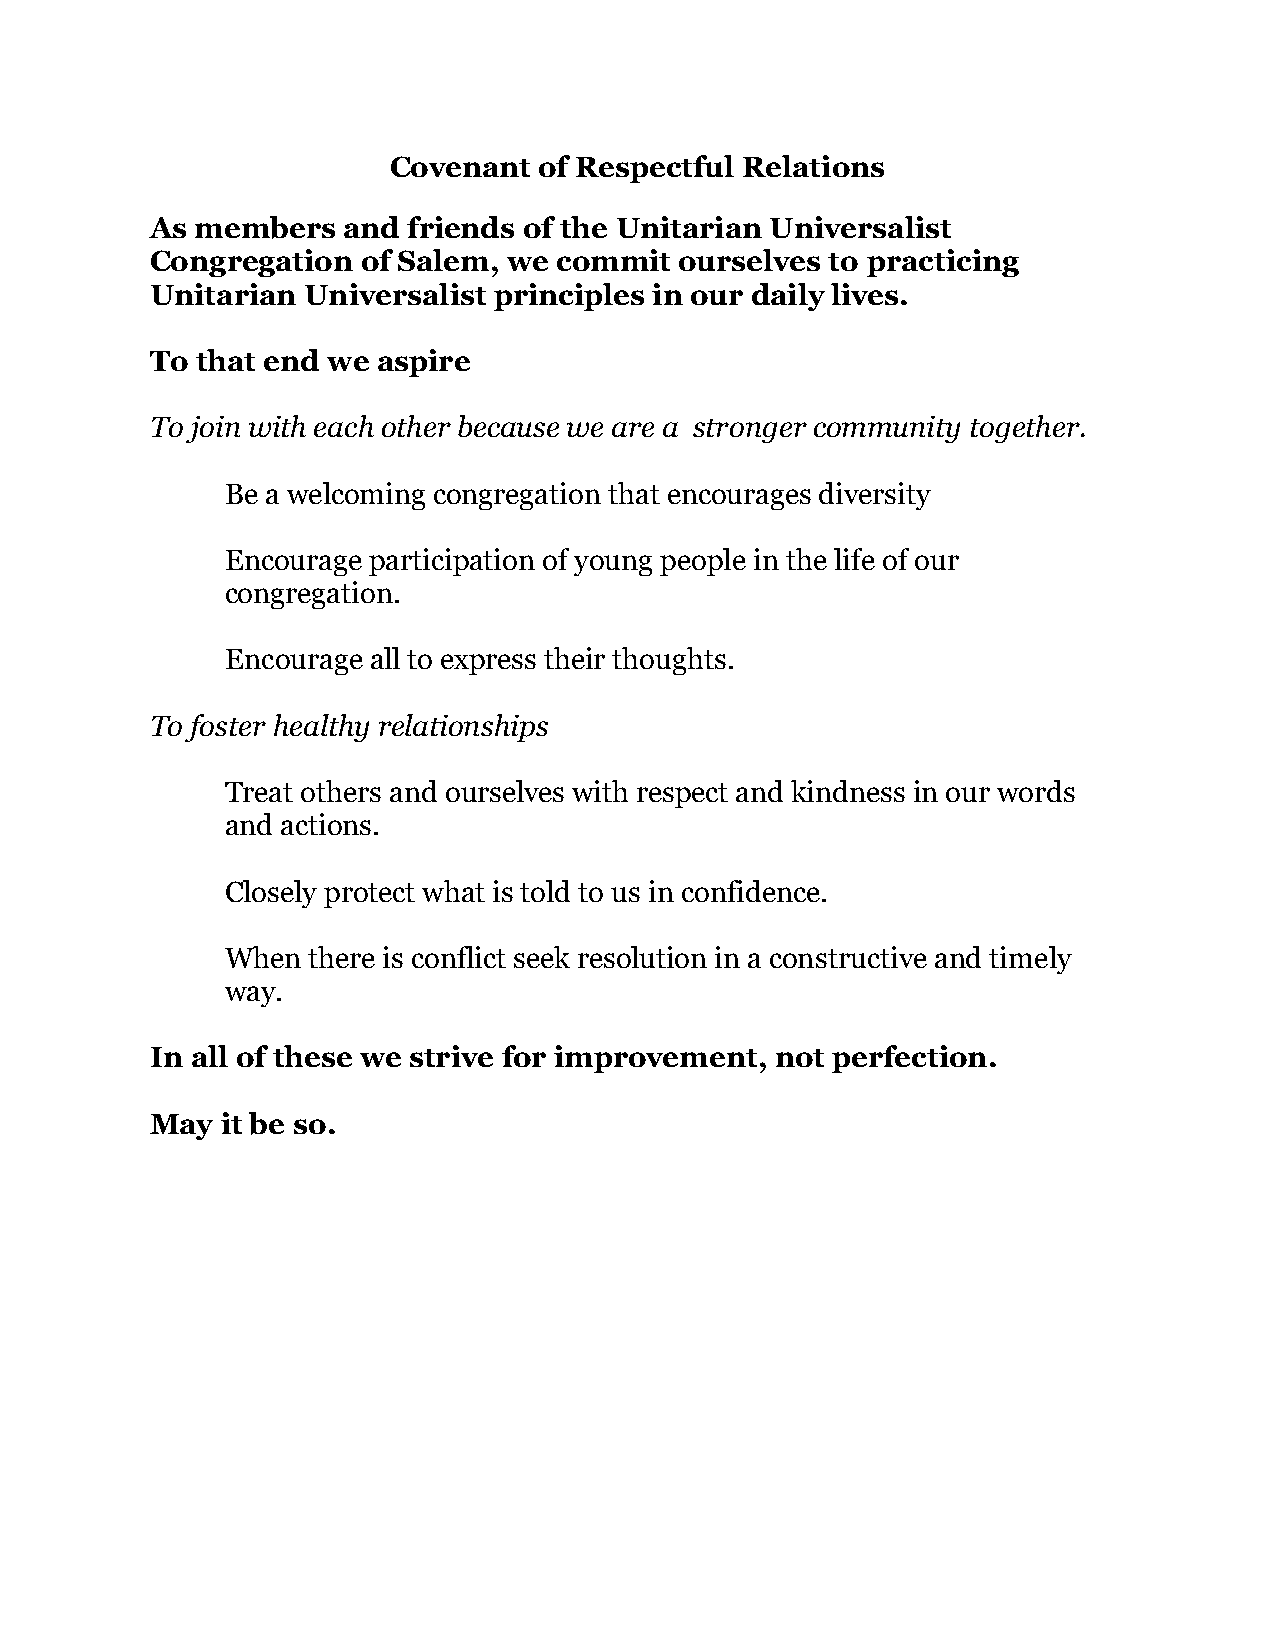
Covenant  of Respectful Relations
 As members   and friends of the Unitarian Universalist
 Congregation  of Salem, we commit  ourselves to practicing
 Unitarian Universalist principles in our daily lives.
 To that end we aspire
 To join with each other because we are a stronger community together.
 Be a welcoming congregation that encourages diversity
 Encourage participation of young people in the life of our
 congregation.
 Encourage all to express their thoughts.
 To foster healthy relationships
 Treat others and ourselves with respect and kindness in our words
 and actions.
 Closely protect what is told to us in confidence.
 When there is conflict seek resolution in a constructive and timely
 way.
 In all of these we strive for improvement, not perfection.
 May  it be so.